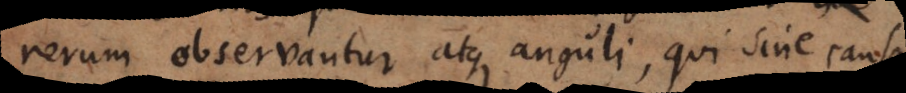
rerum observantur atque anguli, qui sine causa